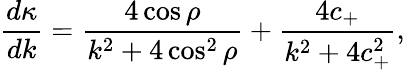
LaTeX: \frac{d\kappa}{dk}=\frac{4\cos\rho}{k^{2}+4\cos^{2}\rho}+\frac{4c_{+}}{k^{2}+4c_{+}^{2}},